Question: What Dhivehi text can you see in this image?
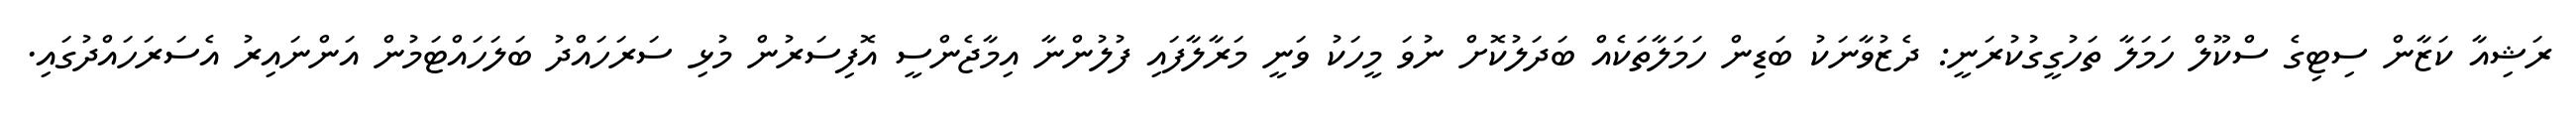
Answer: ރަޝިއާ ކަޒާން ސިޓިގެ ސްކޫލް ހަމަލާ ތަހުގީގުކުރަނީ: ދެޒުވާނަކު ބަޑިން ހަމަލާތަކެއް ބަދަލުކޮށް ނުވަ މީހަކު ވަނީ މަރާލާފައި ފުލުންނާ އިމާޖެންސީ އޮފިސަރުން މުޅި ސަރަހައްދު ބަލަހައްޓަމުން އަންނައިރު އެސަރަހައްދުގައި.